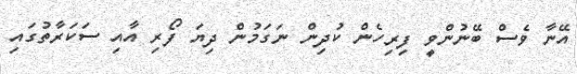
އޭނާ ވެސް ބޭނުންވީ ފިރިހެން ކުދިން ނަގަމުން ދިޔަ ފޯރި އާއި ސަކަރާތުގައި